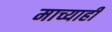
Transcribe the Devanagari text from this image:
माच्याही